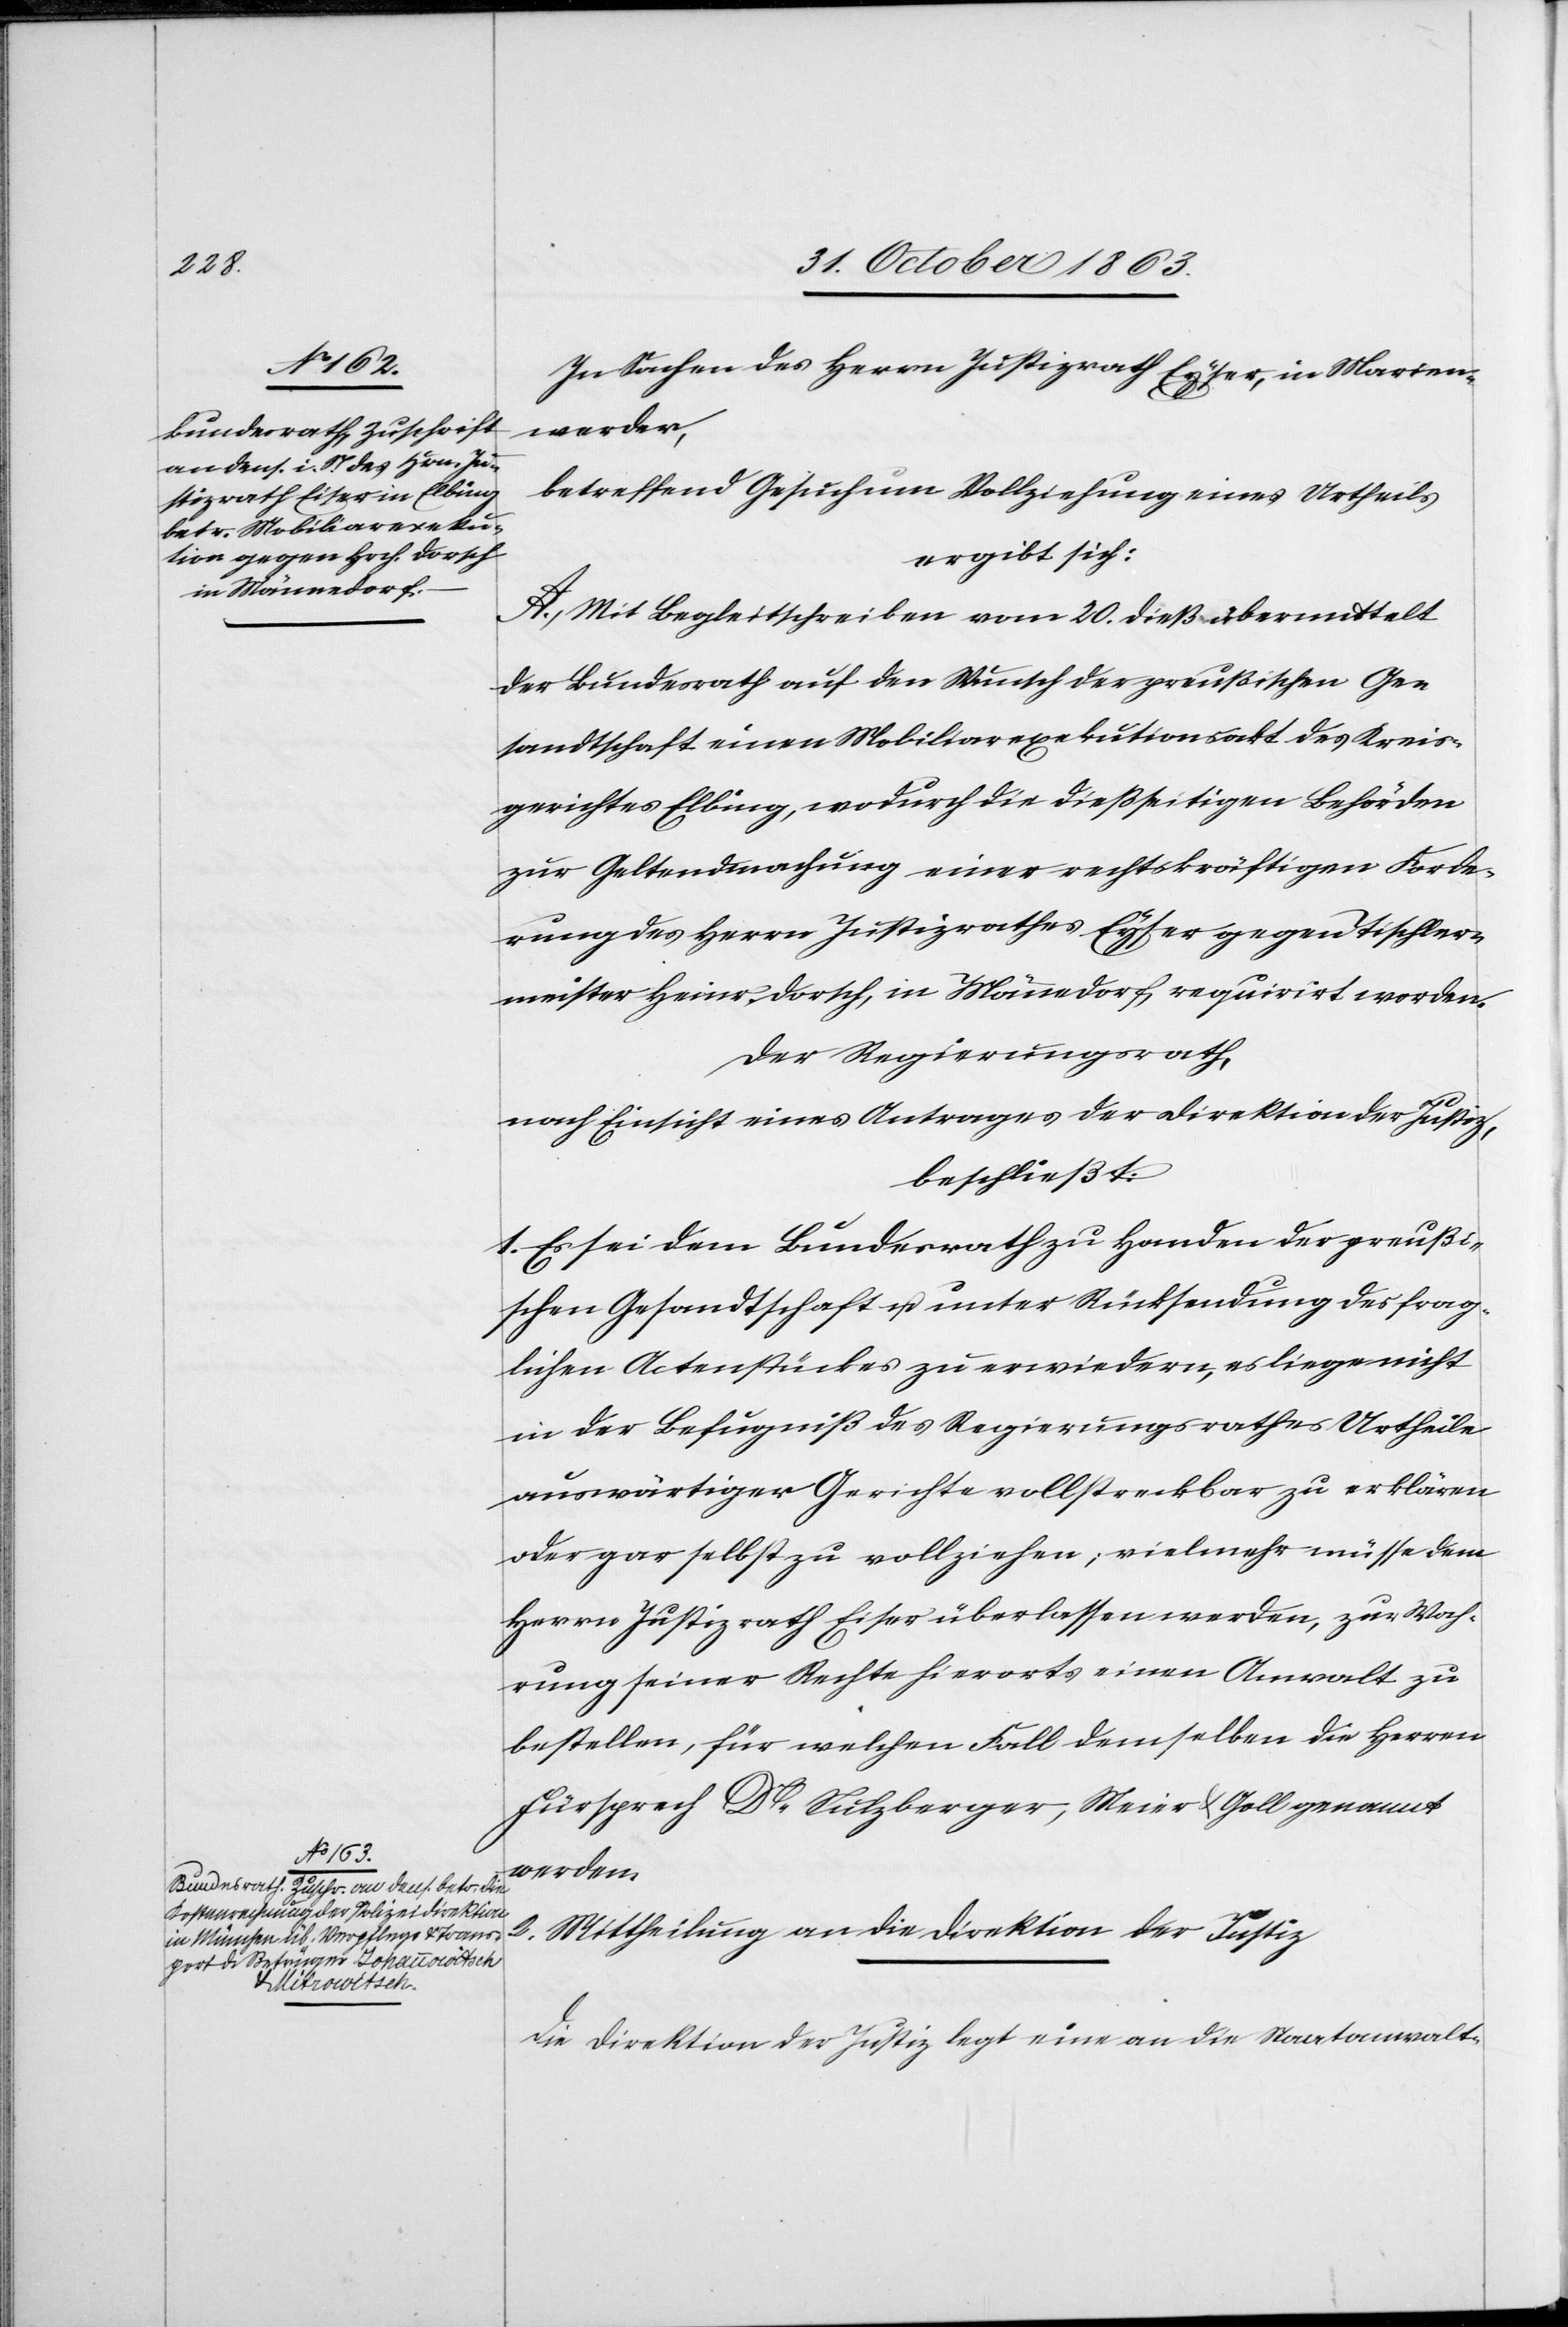
In Sachen des Herrn Justizrath Eyser [sic!], in Marien¬
werder,
betreffend Gesuch um Vollziehung eines Urtheils
ergibt sich:
Mit Begleitschreiben vom 20. dieß übermittelt
der Bundesrath auf den Wunsch der preußischen Ge¬
sandtschaft einen Mobiliarexekutionsakt des Kreis¬
gerichtes Elbing, wodurch die dießseitigen Behörden
zur Geltendmachung einer rechtskräftigen Forde¬
rung des Herrn Justizrathes Eyser gegen Tischler¬
meister Heinr. Dorsch, in Männedorf, requirirt worden.
Der Regierungsrath,
nach Einsicht eines Antrages der Direktion der Justiz,
beschließt:
1. Es sei dem Bundesrath zu Handen der preußi¬
schen Gesandtschaft u. unter Rücksendung des frag¬
lichen Actenstückes zu erwiedern, es liege nicht
in der Befugniß des Regierungsrathes Urtheile
auswärtiger Gerichte vollstreckbar zu erklären
oder gar selbst zu vollziehen; vielmehr müsse dem
Herrn Justizrath Eiser überlassen werden, zur Wah¬
rung seiner Rechte hierorts einen Anwalt zu
bestellen, für welchen Fall demselben die Herren
Fürsprech Dr Sulzberger, Meier & Goll genannt
werden.
2. Mittheilung an die Direktion der Justiz[.]
Die Direktion der Justiz legt eine an die Staatanwalt-